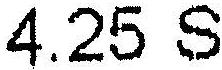
4.25 S